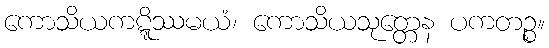
ကောသိယကဋ္ဋိဿမယံ၊ ကောသိယသုတ္တေန ပကတဉ္စ။